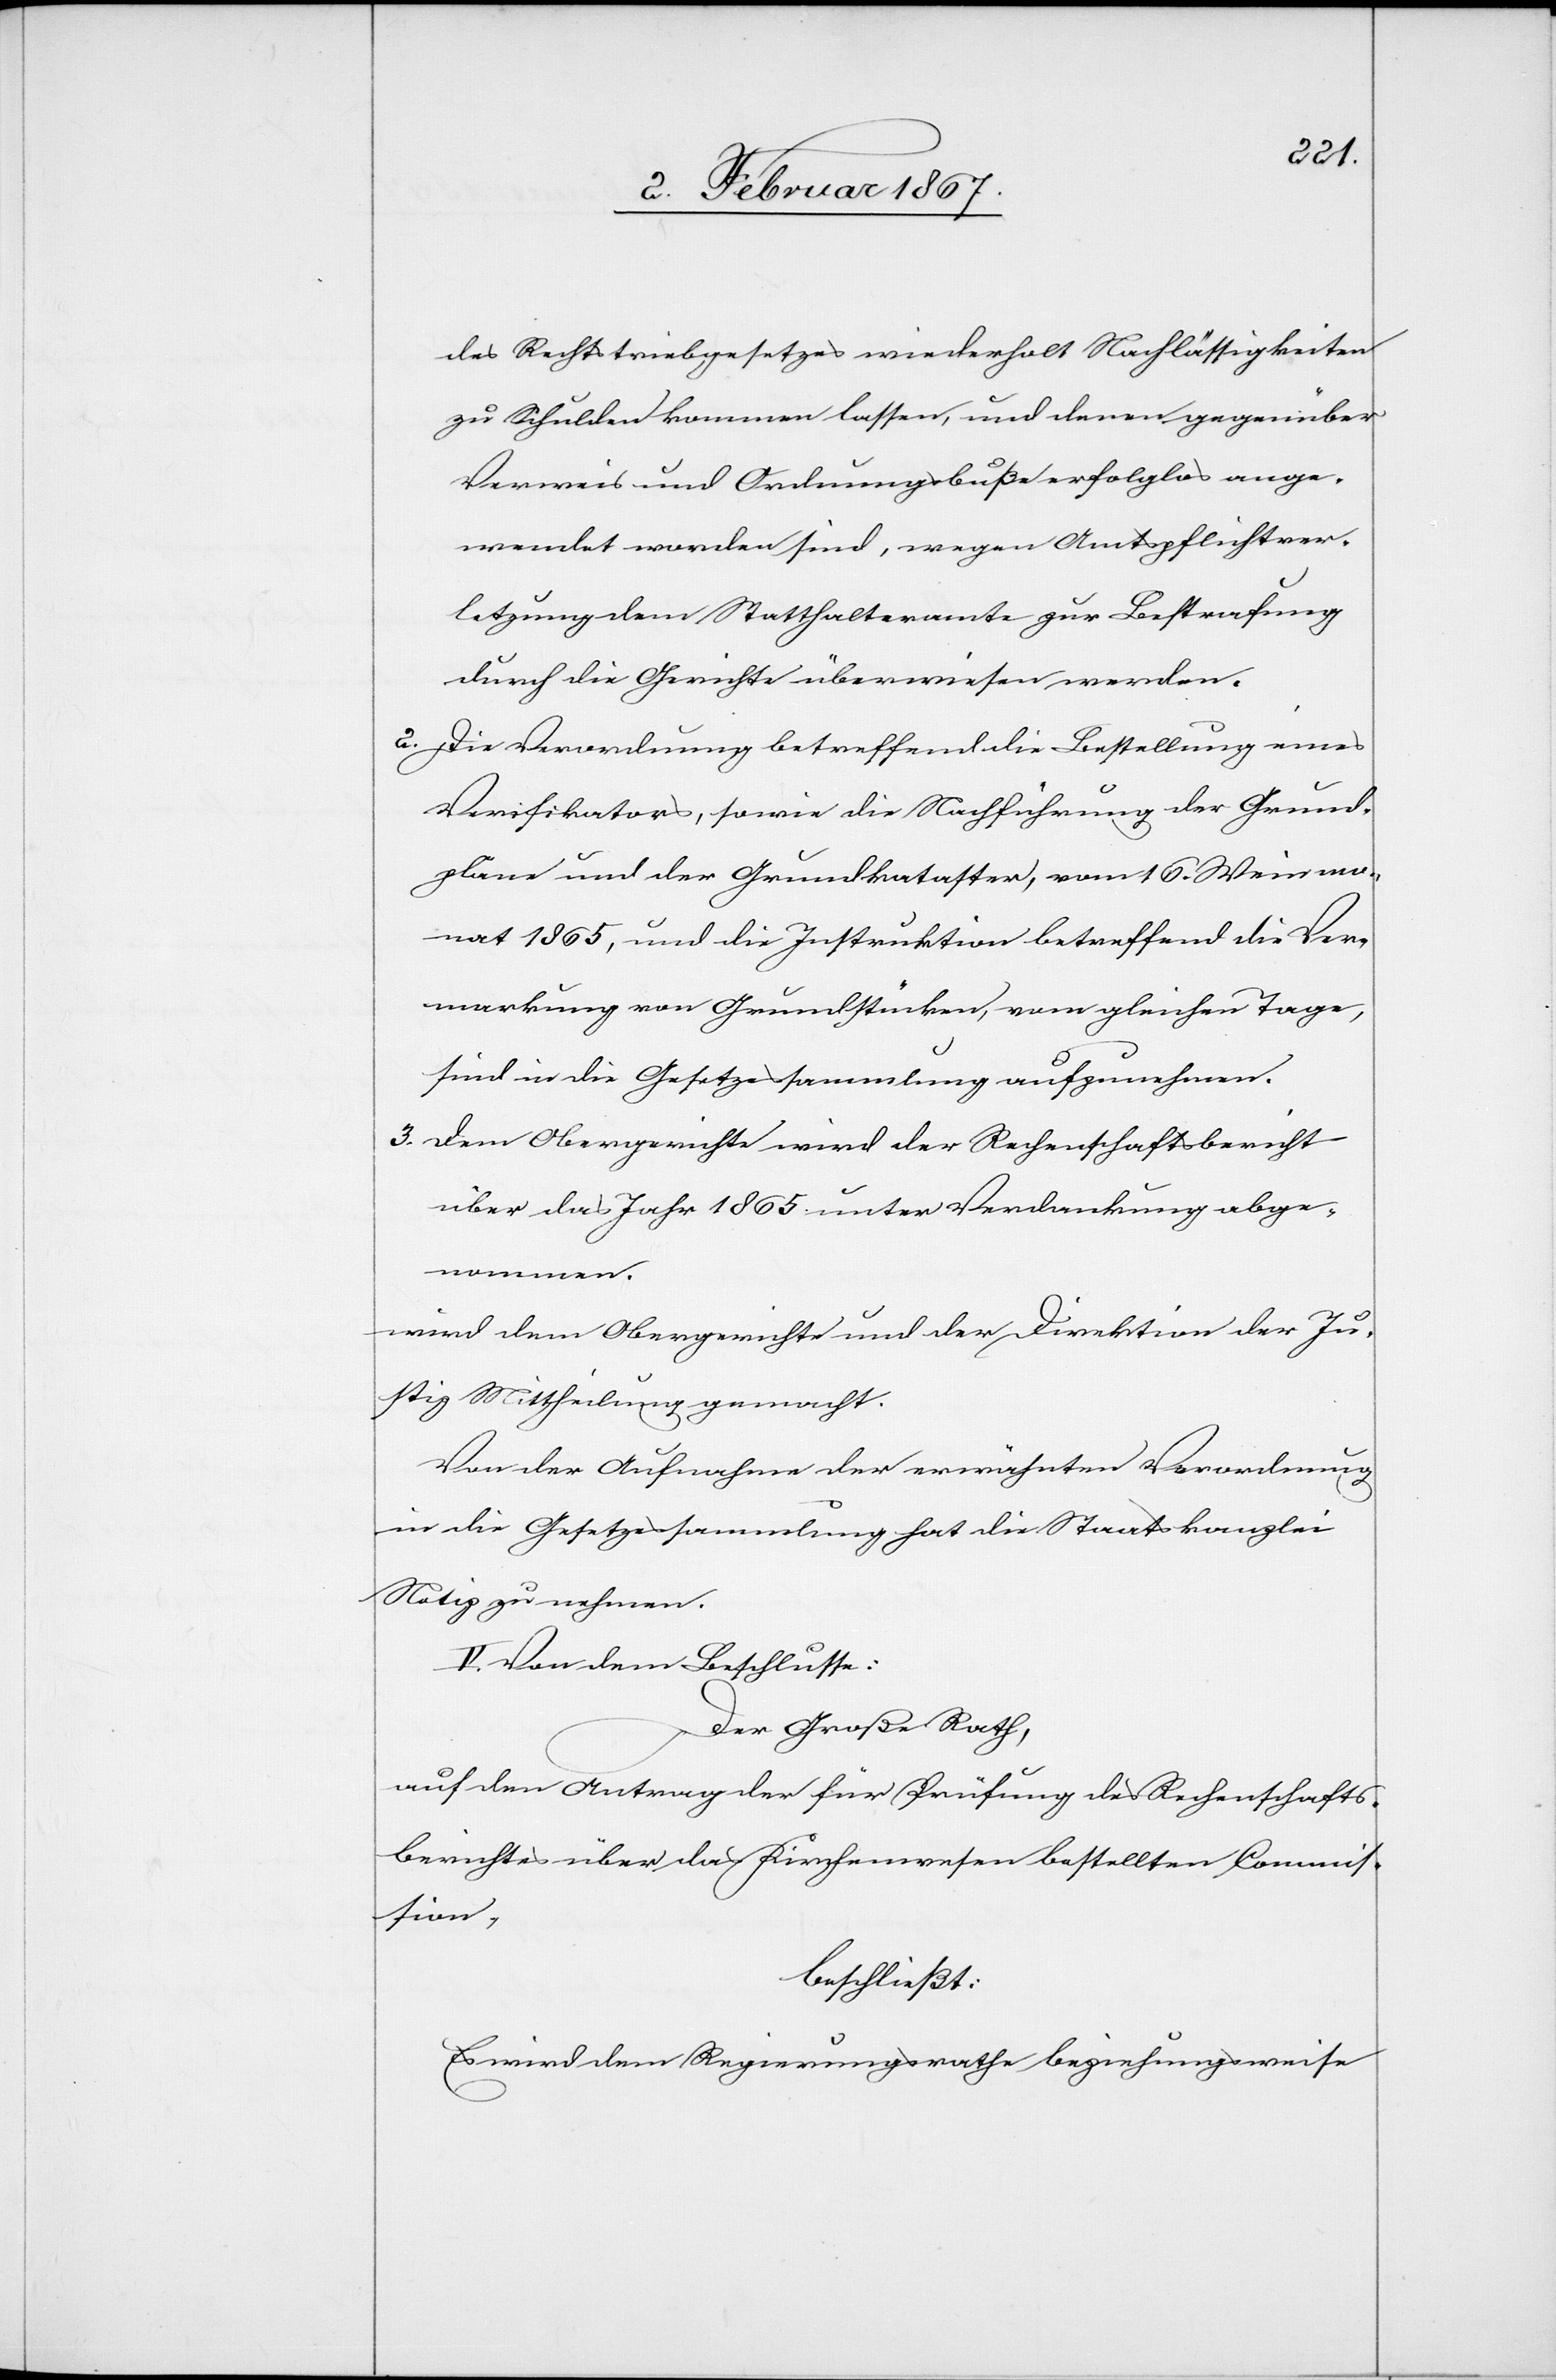
des Rechtstriebgesetzes wiederholt Nachlässigkeiten
zu Schulden kommen lassen, und deren gegenüber
Verweis und Ordnungsbuße erfolglos ange¬
wendet worden sind, wegen Amtspflichtver¬
letzung dem Statthalteramte zur Bestrafung
durch die Gerichte überwiesen werden.
2. Die Verordnung betreffend die Bestellung eines
Verifikators, sowie die Nachführung der Grund¬
pläne und der Grundkataster, vom 16. Weinmo¬
nat 1865, und die Instruktion betreffend die Ver¬
merkung von Grundstücken, vom gleichen Tage,
sind in die Gesetzessammlung aufzunehmen.
3. Dem Obergerichte wird der Rechenschaftsbericht
über das Jahr 1865 unter Verdankung abge¬
genommen.
wird dem Obergerichte und der Direktion der Ju¬
stiz Mittheilung gemacht.
Von der Aufnahme der erwähnten Verordnung
in die Gesetzessammlung hat die Staatskanzlei
V. Von dem Beschlusse:
Der Große Rath,
auf den Antrag der für Prüfung des Rechenschafts¬
berichtes über das Kirchenwesen bestellten Commis¬
sion,
beschließt:
Es wird dem Regierungsrathe beziehungsweise